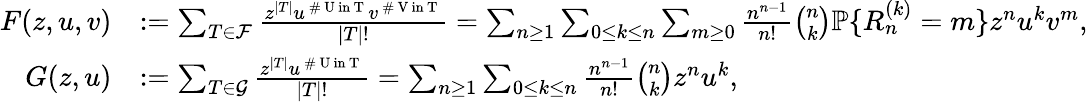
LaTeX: \begin{array}{rl}{F(z,u,v)}&{:=\sum_{T\in\mathcal{F}}\frac{z^{|T|}u^{\mathrm{~\# ~U~in~T~}}v^{\mathrm{~\# ~V~in~T~}}}{|T|!}=\sum_{n\ge 1}\sum_{0\le k\le n}\sum_{m\ge 0}\frac{n^{n-1}}{n!}\binom{n}{k}\mathbb{P}\{ R_{n}^{(k)}=m\} z^{n}u^{k}v^{m},}\\ {G(z,u)}&{:=\sum_{T\in\mathcal{G}}\frac{z^{|T|}u^{\mathrm{~\# ~U~in~T~}}}{|T|!}=\sum_{n\ge 1}\sum_{0\le k\le n}\frac{n^{n-1}}{n!}\binom{n}{k}z^{n}u^{k},}\end{array}